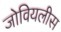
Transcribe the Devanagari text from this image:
जोवियलीस